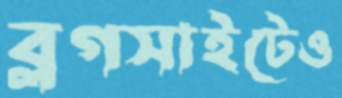
ব্লগসাইটেও